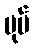
ပုပ်